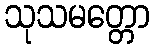
သုသမတ္တော